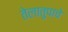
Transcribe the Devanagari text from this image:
तेलातुपाचे